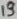
Text: 19